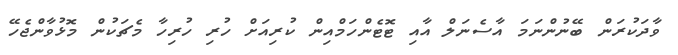
ވާދަކުރަން ބޭނުންނަމަ އާސެނަލް އާއި ޓޮޓެންހަމްއިން ކުރިއަށް ހުރި ހުރިހާ މެޗަކުން މޮޅުވާންޖެހޭ